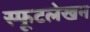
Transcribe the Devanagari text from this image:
स्फूटलेखन